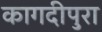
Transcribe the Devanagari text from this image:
कागदीपुरा